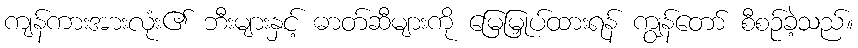
ကျန်ကားအားလုံး၏ ဘီးများနှင့် ဓာတ်ဆီများကို မြေမြှုပ်ထားရန် ကျွန်တော် စီစဉ်ခဲ့သည်။